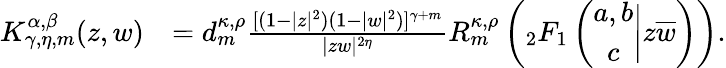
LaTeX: \begin{array}{rl}{K_{\gamma,\eta,m}^{\alpha,\beta}(z,w)}&{=d_{m}^{\kappa,\rho}\frac{[(1-|z|^{2})(1-|w|^{2})]^{\gamma+m}}{|zw|^{2\eta}}R_{m}^{\kappa,\rho}\left({_2F_{1}}\left(\begin{array}{c}{a,b}\\ {c}\end{array}\bigg|z\overline{{w}}\right)\right).}\end{array}